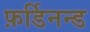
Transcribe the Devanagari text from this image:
फ़र्डिनन्ड